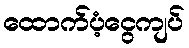
ထောက်ပံ့ငွေကျပ်